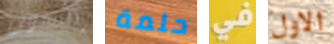
يلبسون حلمة في الاول